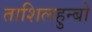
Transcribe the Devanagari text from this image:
ताशिलहुन्बो